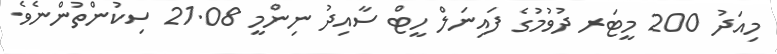
މިއަދު 200 މީޓަރ ދުވުމުގެ ފައިނަލް ހީޓް ސާއިދު ނިންމީ 21.08 ސިކުންތުންނެވެ.